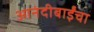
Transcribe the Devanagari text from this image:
आनंदीबाईंचा